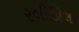
રબીઊલ